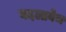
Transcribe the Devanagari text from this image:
बदलावेच